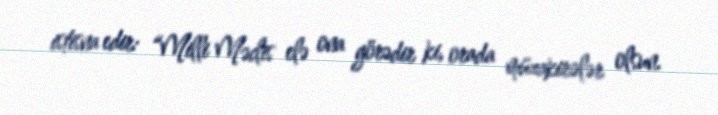
istisna edir: “Milli Məclis elə ona görədir ki, orada müzakirələr olsun.